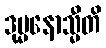
ဒုမ္မနောသ္မီတိ